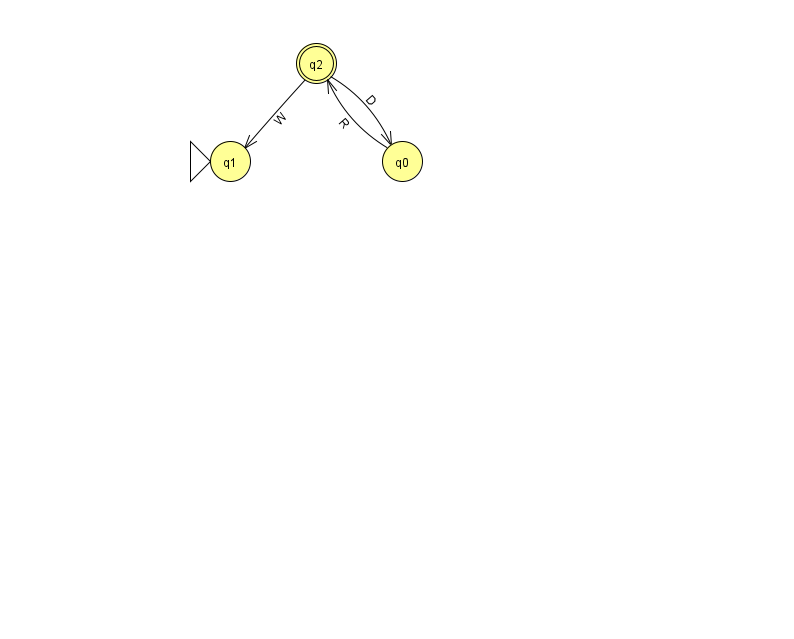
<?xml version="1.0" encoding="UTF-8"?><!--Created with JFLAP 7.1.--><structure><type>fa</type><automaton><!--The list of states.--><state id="0" name="q0"><x>402.0</x><y>148.0</y></state><state id="1" name="q1"><x>230.0</x><y>148.0</y><initial/></state><state id="2" name="q2"><x>316.0</x><y>50.0</y><final/></state><!--The list of transitions.--><transition><from>0</from><to>2</to><read>R</read></transition><transition><from>2</from><to>0</to><read>D</read></transition><transition><from>2</from><to>1</to><read>W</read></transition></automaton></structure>